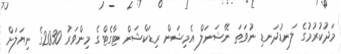
މަދުކުރުމުގެ ލަނޑުދަނޑި ނުވަތަ ނޭޝަނަލް އެމިޝަން ރިޑަކްޝަން ޓާގެޓްގެ މިންވަރު 2030ގެ ނިޔަލަށް